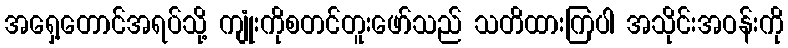
အရှေ့တောင်အရပ်သို့ ကျုံးကိုစတင်တူးဖော်သည် သတိထားကြပါ အသိုင်းအဝန်းကို